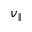
v _ { \parallel }